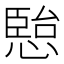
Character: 𭞏